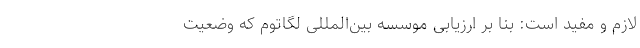
لازم و مفید است: بنا بر ارزیابی موسسه بین‌المللی لگاتوم که وضعیت